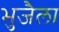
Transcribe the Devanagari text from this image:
भुजैला